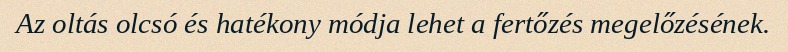
Az oltás olcsó és hatékony módja lehet a fertőzés megelőzésének.